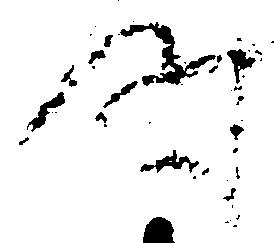
時